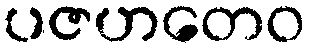
ပဇဟတေဝ